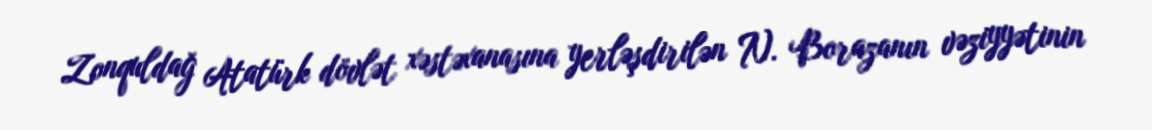
Zonquldağ Atatürk dövlət xəstəxanasına yerləşdirilən N. Borazanın vəziyyətinin